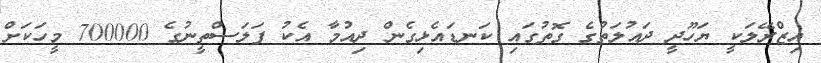
އިޒްރޭލަކީ ޔަހޫދީ ދައުލަތުގެ ގޮތުގައި ކަނޑައެޅިގެން ދިއުމާ އެކު ފަލަސްތީނުގެ 700000 މީހަކަށް